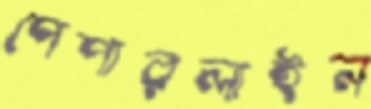
পেপারলাইন